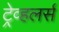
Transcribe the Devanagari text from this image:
ट्रेव्हलर्स